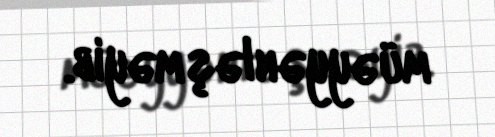
müəyyənləşməyib.